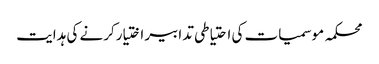
محکمہ موسمیات کی احتیاطی تدابیر اختیارکرنے کی ہدایت